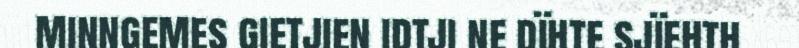
minngemes gietjien idtji ne dïhte sjïehth